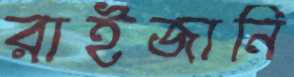
রাইজানি